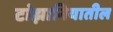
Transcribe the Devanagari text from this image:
टांझानियातील